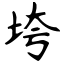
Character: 垮